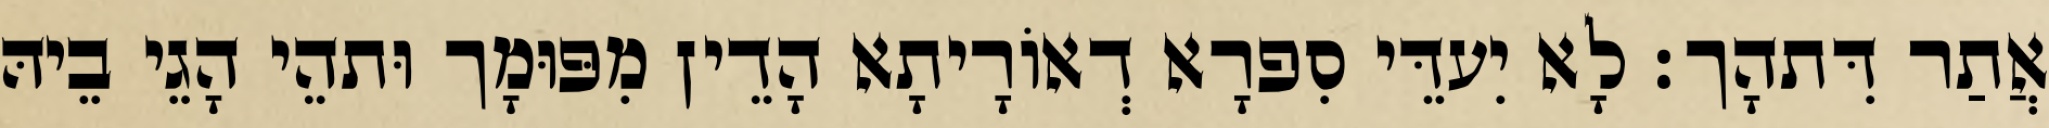
אֲתַר דִּתהָך׃ לָא יִעדֵּי סִפרָא דְאוֹרָיתָא הָדֵין מִפּוּמָך וּתהֵי הָגֵי בֵיהּ